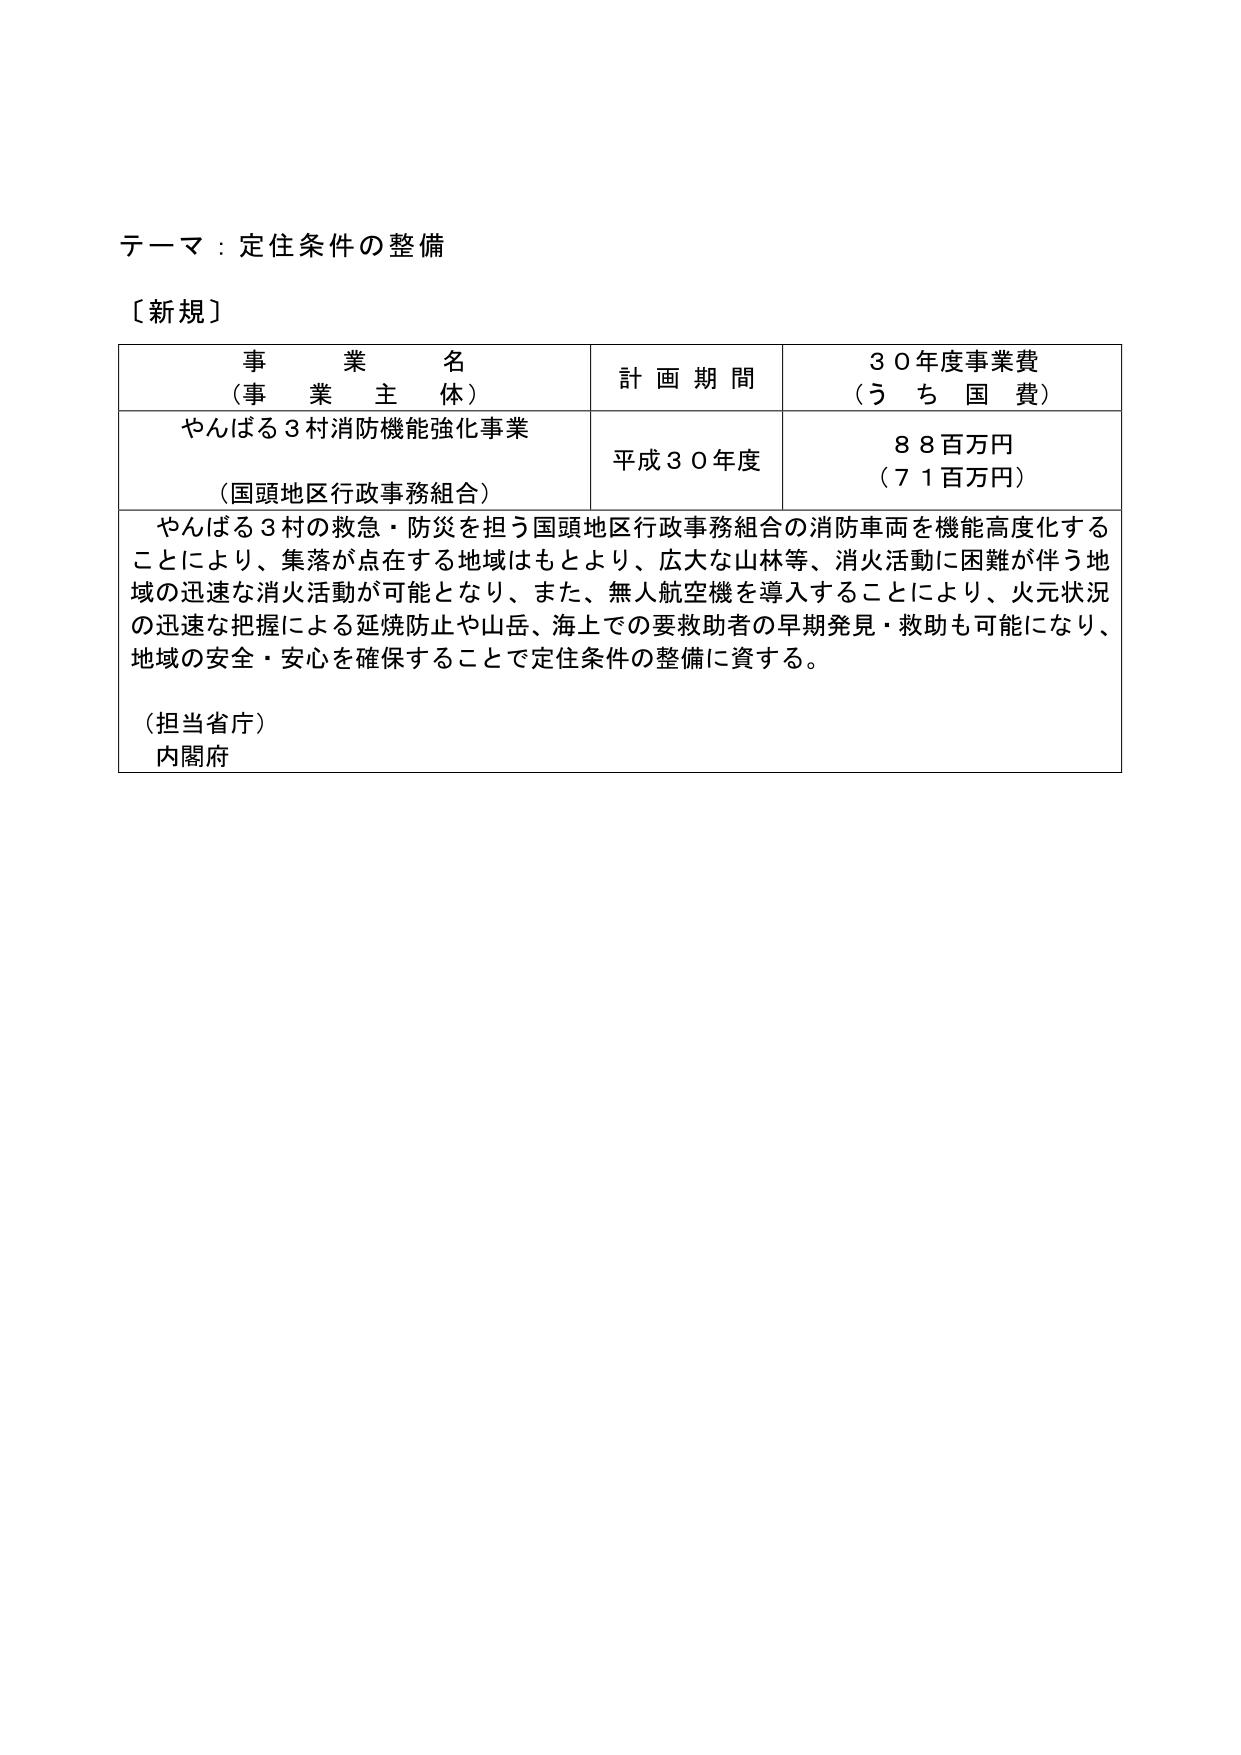
テーマ：定住条件の整備

〔新規〕

事業名
（事業主体）
やんばる３村消防機能強化事業
（国頭地区行政事務組合）

計画期間
平成３０年度

３０年度事業費
（うち国費）
８８百万円
（７１百万円）

やんばる３村の救急・防災を担う国頭地区行政事務組合の消防車両を機能高度化することにより、集落が点在する地域はもとより、広大な山林等、消火活動に困難が伴う地域の迅速な消火活動が可能となり、また、無人航空機を導入することにより、火元状況の迅速な把握による延焼防止や山岳、海上での要救助者の早期発見・救助も可能になり、地域の安全・安心を確保することで定住条件の整備に資する。

（担当省庁）
内閣府